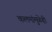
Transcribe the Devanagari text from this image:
कलमांमुळेही